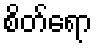
စိတ်ရော